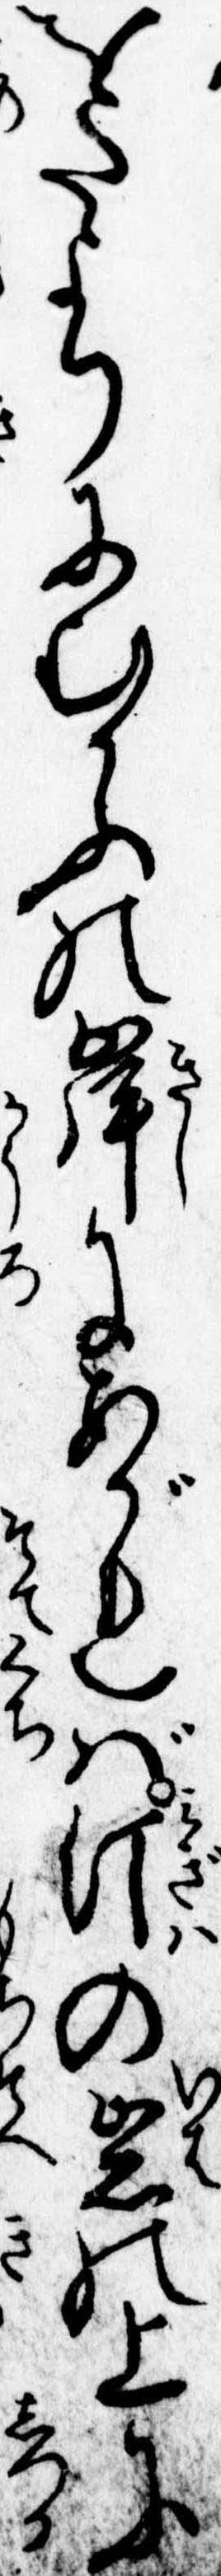
をたよりにむかふの岸にあがれば汀の岩の上に